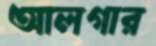
আলগার